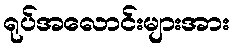
ရုပ်အလောင်းများအား